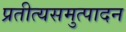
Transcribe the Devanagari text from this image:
प्रतीत्यसमुत्पादन